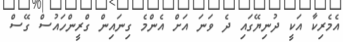
އެމެރިކާ އަކީ ދުނިޔޭގައި ދެ ވަނަ އަށް އެންމެ ގިނައިން ގްރީންހައުސް ގޭސް